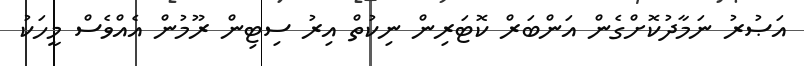
އަޞުރު ނަމާދުކޮށްގެން އަންބަރް ކޮޓަރިން ނިކުތް އިރު ސިޓިން ރޫމުން އެއްވެސް މީހަކު